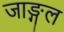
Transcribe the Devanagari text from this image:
जाङ्गल